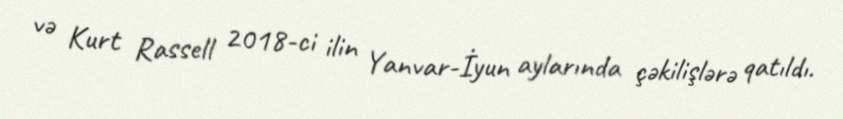
və Kurt Rassell 2018-ci ilin Yanvar-İyun aylarında çəkilişlərə qatıldı.